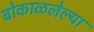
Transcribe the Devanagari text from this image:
बोकाळलेल्या